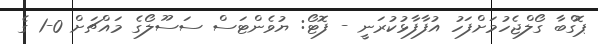
ޕޮގްބާ ގޯލްޖެހުމަށްފަހު އުފާފާޅުކުރަނީ - ފޮޓޯ: ޔުވެންޓަސް ސަސޫލޯގެ މައްޗަށް 0-1 ގެ